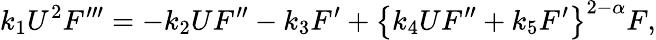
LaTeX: k_{1}U^{2}F^{\prime\prime\prime}=-k_{2}UF^{\prime\prime}-k_{3}F^{\prime}+\left\{ k_{4}UF^{\prime\prime}+k_{5}F^{\prime}\right\} ^{2-\alpha}F,